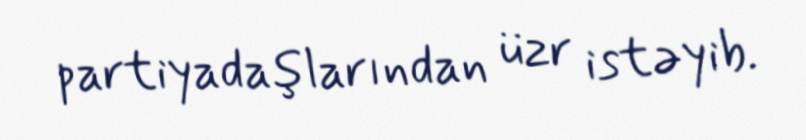
partiyadaşlarından üzr istəyib.